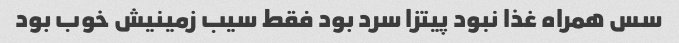
سس همراه غذا نبود پیتزا سرد بود فقط سیب زمینیش خوب بود